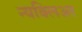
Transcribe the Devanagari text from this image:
न्यक्लिअर